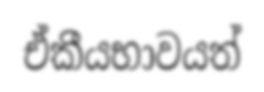
ඒකීයභාවයත්